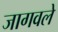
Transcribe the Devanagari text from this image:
जागवले